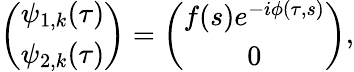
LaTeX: \left(\begin{array}{c}{\psi_{1,k}(\tau)}\\ {\psi_{2,k}(\tau)}\end{array}\right)=\left(\begin{array}{c}{f(s)e^{-i\phi(\tau,s)}}\\ {0}\end{array}\right),